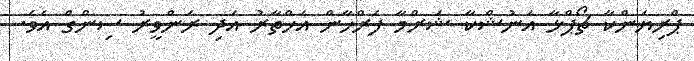
ޕްރިޔަންކާ ޗޯޕްޅާ އަނުޝްކާ ޝަރްމާ ފަރްހާން އަޚްތާރު އަދި ރަންވީރު ސިންގް އެވެ.